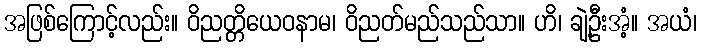
အဖြစ်ကြောင့်လည်း။ ဝိညတ္တိယေဝနာမ၊ ဝိညတ်မည်သည်သာ။ ဟိ၊ ချဲ့ဦးအံ့။ အယံ၊